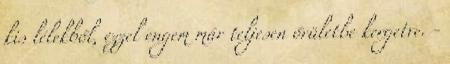
kis lélekből, ezzel engem már teljesen őrületbe kergetve. -